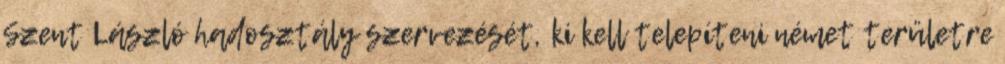
Szent László hadosztály szervezését, ki kell telepíteni német területre